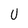
Character: U